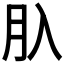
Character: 𦘲